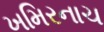
ખમિરનાચ